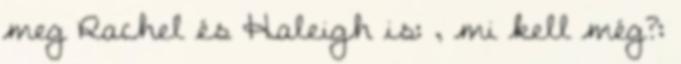
meg Rachel és Haleigh is: , mi kell még?: